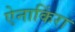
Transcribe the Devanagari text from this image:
ऐनाकिंरा